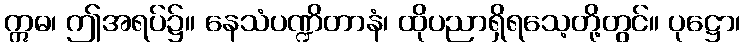
ဣဓ၊ ဤအရပ်၌။ နေသံပဏ္ဍိတာနံ၊ ထိုပညာရှိရသေ့တို့တွင်။ ပုဋ္ဌော၊